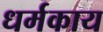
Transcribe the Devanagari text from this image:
धर्मकाय